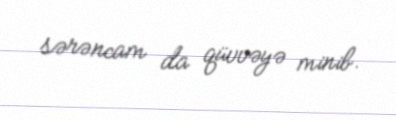
sərəncam da qüvvəyə minib.